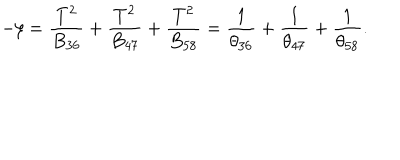
- \xi = \frac { T ^ { 2 } } { B _ { 3 6 } } + \frac { T ^ { 2 } } { B _ { 4 7 } } + \frac { T ^ { 2 } } { B _ { 5 8 } } = \frac { 1 } { \theta _ { 3 6 } } + \frac { 1 } { \theta _ { 4 7 } } + \frac { 1 } { \theta _ { 5 8 } } .